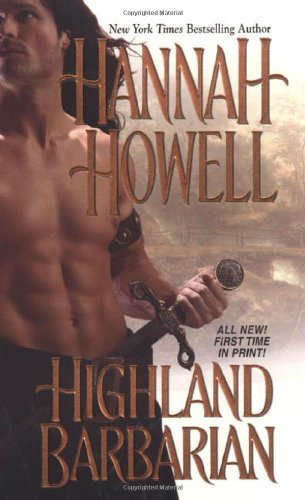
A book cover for Highland Barbarian; Hannah Howell; Romance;